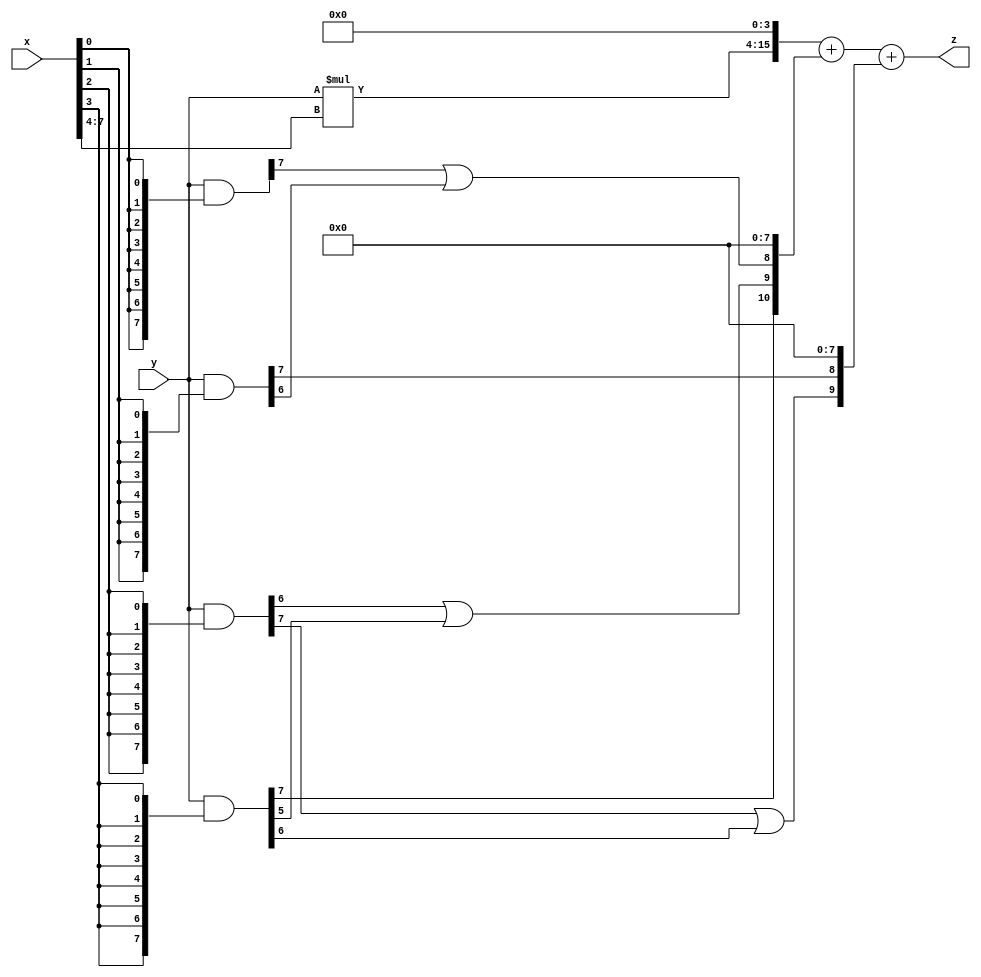
// terms: 5
// fval:  156178.25

module unsigned_8x8_l4_lamb20000_9 (
	input [7:0] x,
	input [7:0] y,
	output [15:0] z
);

wire [11:0] tmp_z = y*x[7:4];

wire [7:0] part1 =  y & {8{x[0]}};
wire [7:0] part2 =  y & {8{x[1]}};
wire [7:0] part3 =  y & {8{x[2]}};
wire [7:0] part4 =  y & {8{x[3]}};

wire [10:0] new_part1;
assign new_part1[0] = 0;
assign new_part1[1] = 0;
assign new_part1[2] = 0;
assign new_part1[3] = 0;
assign new_part1[4] = 0;
assign new_part1[5] = 0;
assign new_part1[6] = 0;
assign new_part1[7] = 0;
assign new_part1[8] = part1[7] | part2[6];
assign new_part1[9] = part3[6] | part4[5];
assign new_part1[10] = part4[7];

wire [9:0] new_part2;
assign new_part2[0] = 0;
assign new_part2[1] = 0;
assign new_part2[2] = 0;
assign new_part2[3] = 0;
assign new_part2[4] = 0;
assign new_part2[5] = 0;
assign new_part2[6] = 0;
assign new_part2[7] = 0;
assign new_part2[8] = part2[7];
assign new_part2[9] = part3[7] | part4[6];

assign z = {tmp_z, 4'd 0} + new_part1 + new_part2;
endmodule